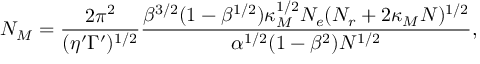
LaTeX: N _ { M } = \frac { 2 \pi ^ { 2 } } { ( \eta ^ { \prime } \Gamma ^ { \prime } ) ^ { 1 / 2 } } \frac { \beta ^ { 3 / 2 } ( 1 - \beta ^ { 1 / 2 } ) \kappa _ { M } ^ { 1 / 2 } N _ { e } ( N _ { r } + 2 \kappa _ { M } N ) ^ { 1 / 2 } } { \alpha ^ { 1 / 2 } ( 1 - \beta ^ { 2 } ) N ^ { 1 / 2 } } ,